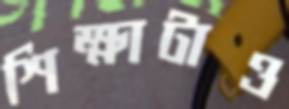
শিক্ষাটাও